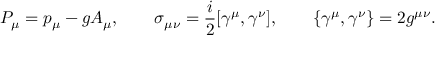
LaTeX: P _ { \mu } = p _ { \mu } - g A _ { \mu } , \qquad \sigma _ { \mu \nu } = { \frac { i } { 2 } } [ \gamma ^ { \mu } , \gamma ^ { \nu } ] , \qquad \{ \gamma ^ { \mu } , \gamma ^ { \nu } \} = 2 g ^ { \mu \nu } .